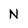
Character: N